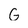
Character: G